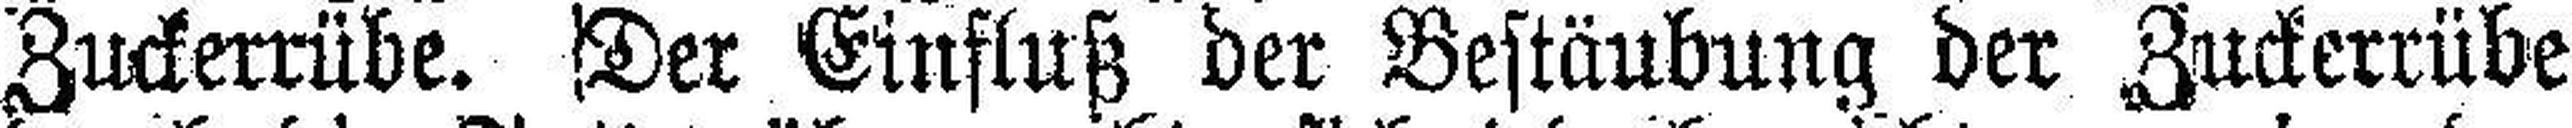
Zuckerrübe. Der Einfluß der Bestäubung der Zuckerrübe